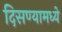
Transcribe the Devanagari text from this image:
दिसण्यामध्ये